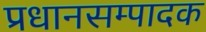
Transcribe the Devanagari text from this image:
प्रधानसम्पादक